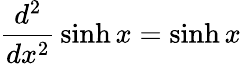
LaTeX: {\frac{d^{2}}{dx^{2}}}\sinh x=\sinh x